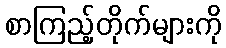
စာကြည့်တိုက်များကို